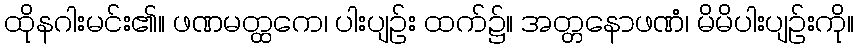
ထိုနဂါးမင်း၏။ ဖဏမတ္ထကေ၊ ပါးပျဉ်း ထက်၌။ အတ္တနောဖဏံ၊ မိမိပါးပျဉ်းကို။